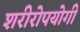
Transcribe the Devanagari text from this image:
शरीरोपयोगी